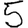
Digit: 5